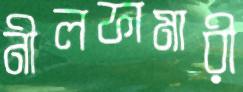
নীলফামারী